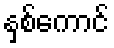
နှစ်ကောင်